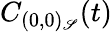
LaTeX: C_{(0,0)_{\mathscr{S}}}(t)